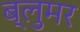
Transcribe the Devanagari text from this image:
ब्लुमर